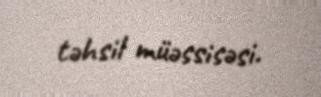
təhsil müəssisəsi.